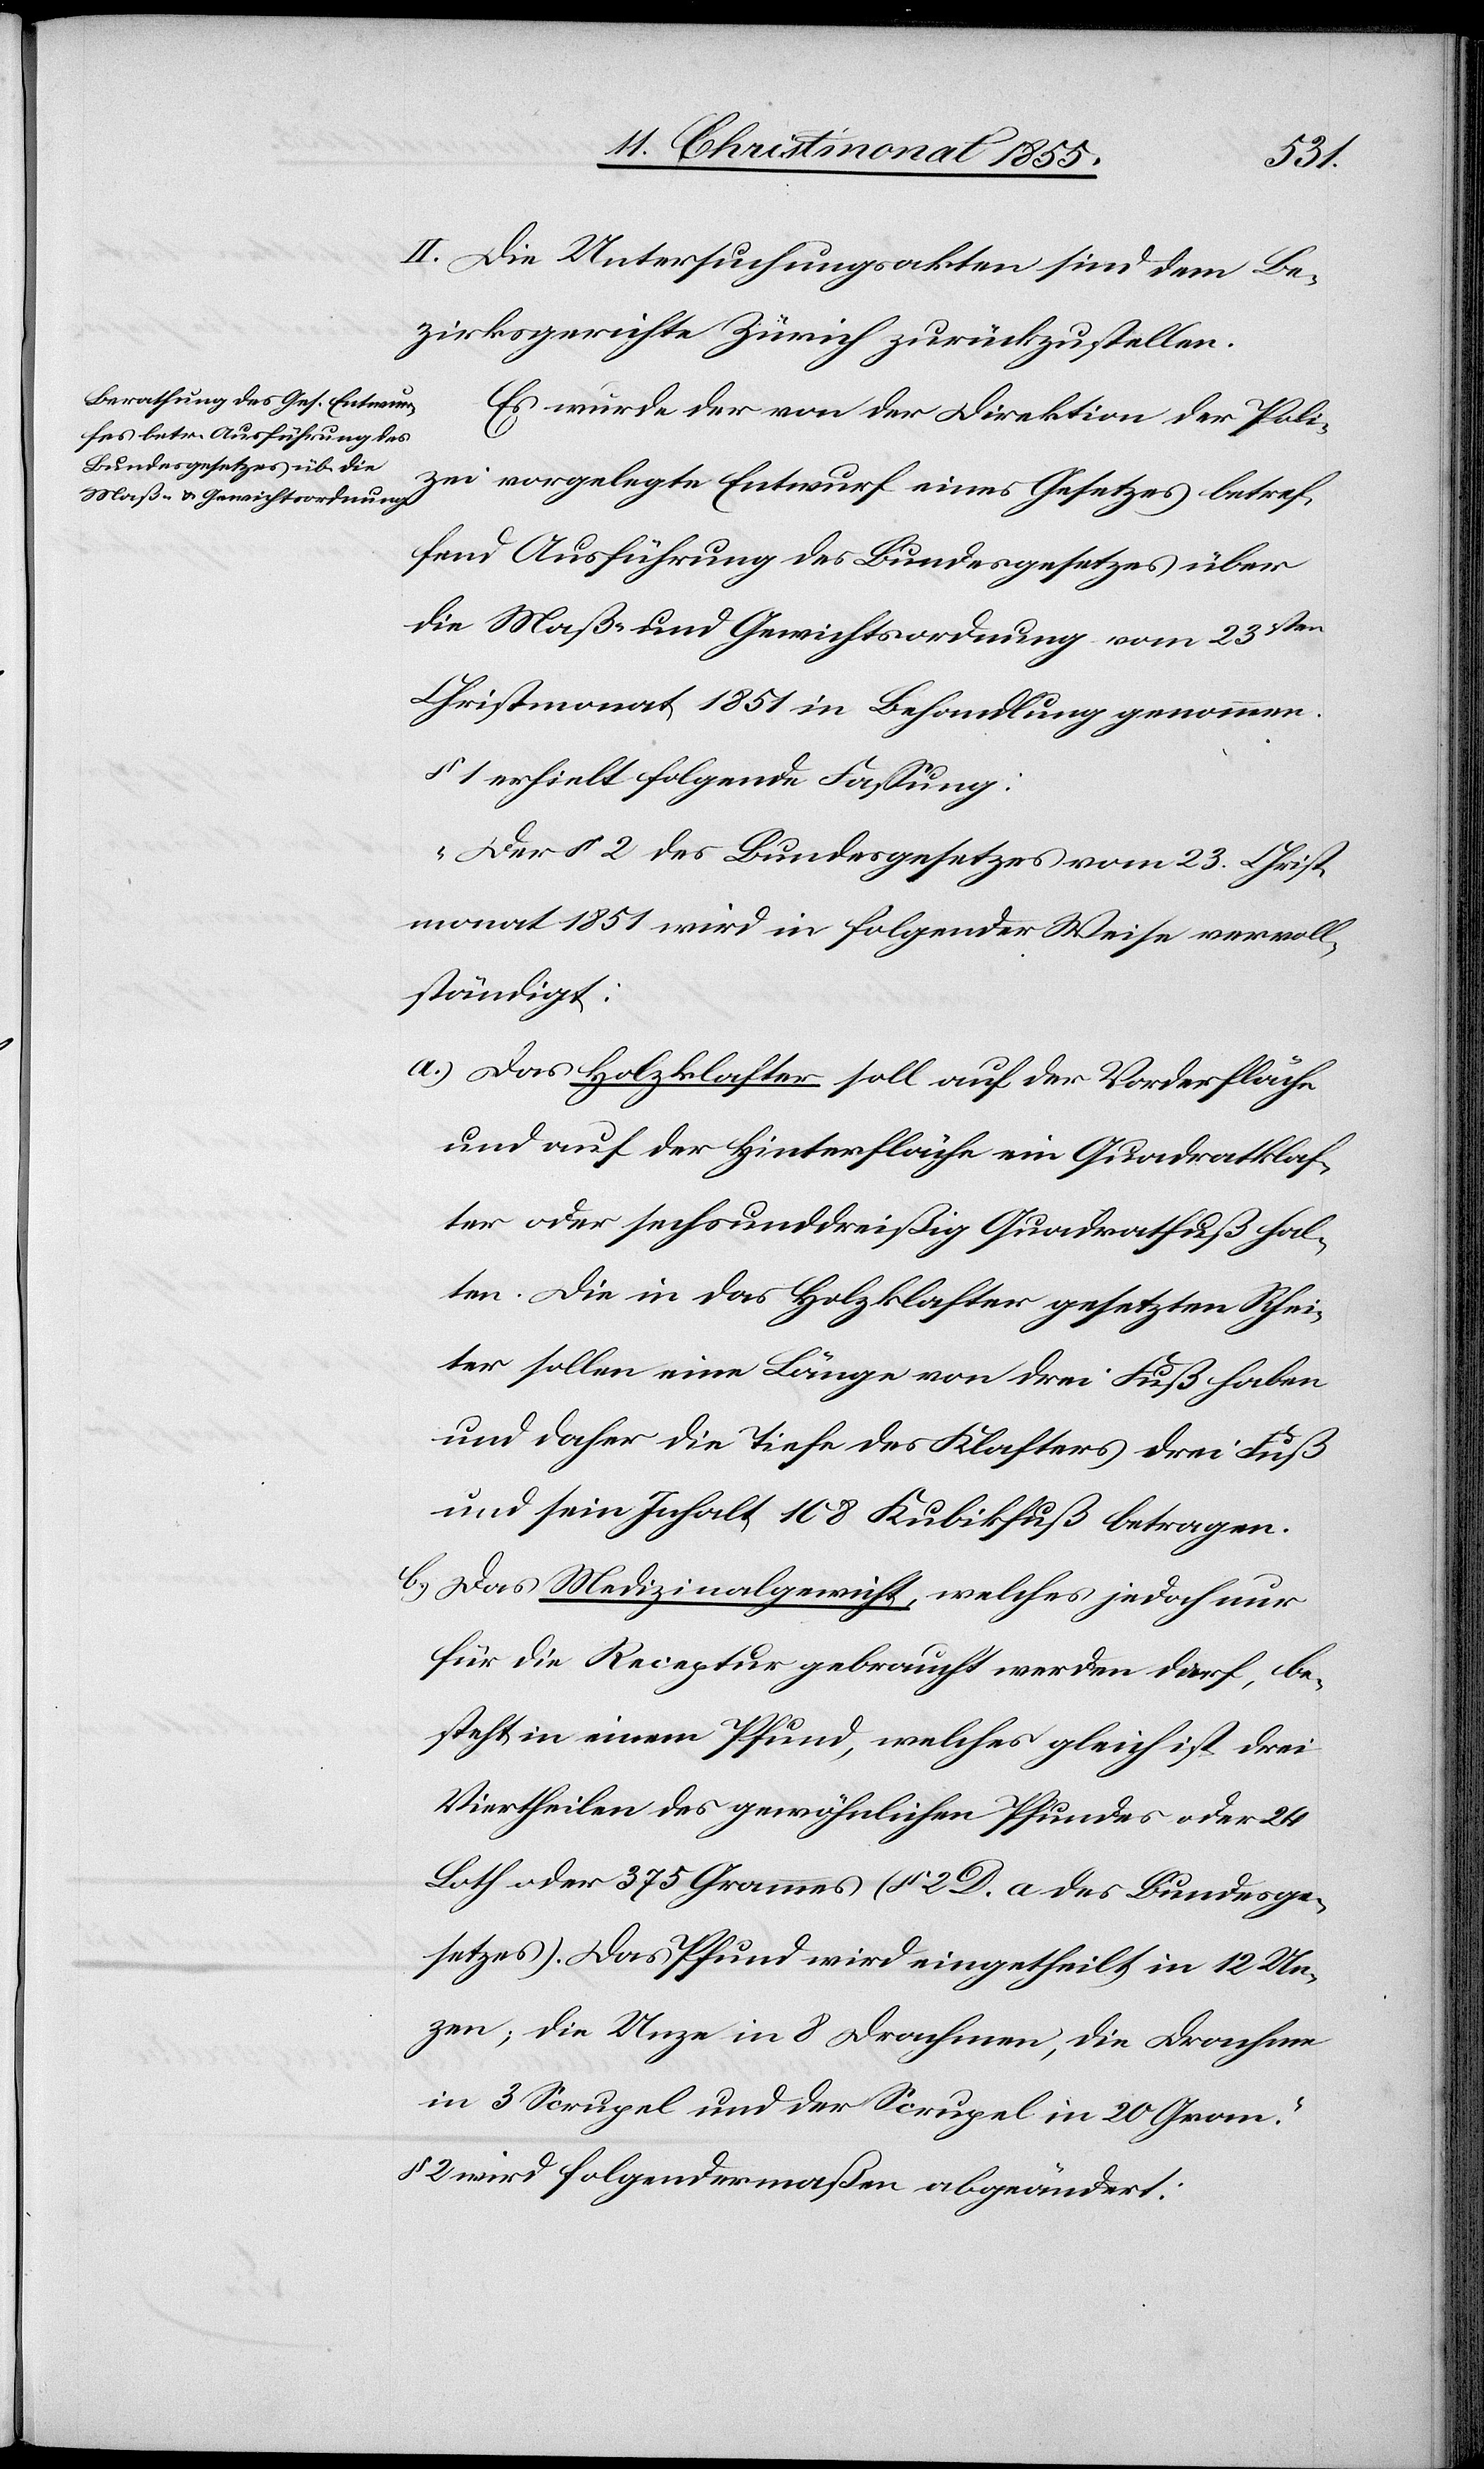
II. Die Untersuchungsakten sind dem Be¬
zirksgerichte Zürich zurückzustellen.
Es wurde der von der Direktion der Poli¬
zei vorgelegte Entwurf eines Gesetzes betref¬
fend Ausführung des Bundesgesetzes über
die Maß- und Gewichtsordnung vom 23sten
Christmonat 1851 in Behandlung genommen.
§ 1 erhielt folgende Fassung:
„Der § 2 des Bundesgesetzes vom 23. Christ¬
monat 1851 wird in folgender Weise vervoll¬
ständigt:
Das Holzklafter soll auf der Vorderfläche
und auf der Hinterfläche ein Quadratklaf¬
ter oder sechsunddreißig Quadratfuß hal¬
ten. Die in das Holzklafter gesetzten Schei¬
ter sollen eine Länge von drei Fuß haben
und daher die Tiefe des Klafters drei Fuß
und sein Inhalt 108 Kubikfuß betragen.
Das Medizinalgewicht, welches jedoch nur
für die Receptur gebraucht werden darf, be¬
steht in einem Pfund, welches gleich ist drei
Viertheilen des gewöhnlichen Pfundes oder 24
Loth oder 375 Grammes (§ 2 D. a des Bundesge¬
setzes). Das Pfund wird eingetheilt in 12 Un¬
zen; die Unze in 8 Drachmen, die Drachme
in 3 Scrupel und der Scrupel in 20 Gran.“
§ 2 wird folgendermaßen abgeändert: